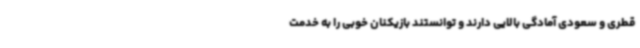
قطری و سعودی آمادگی بالایی دارند و توانستند بازیکنان خوبی را به خدمت